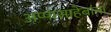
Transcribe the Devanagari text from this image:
अप्पासाहेबांना